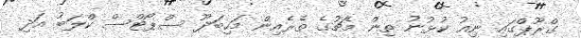
ގްރޫޕްގައި ނިއު ކުޅުނު ތިން މެޗުގެ ތެރެއިން މަހިބަދޫ ސްޕޯޓްސް ކްލަބު އަދި